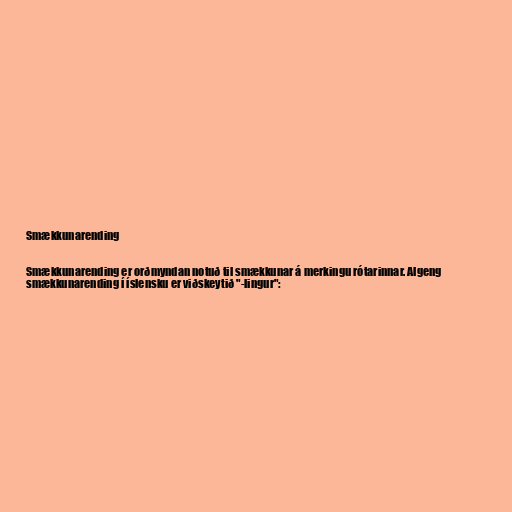
Smækkunarending

Smækkunarending er orðmyndan notuð til smækkunar á merkingu rótarinnar. Algeng
smækkunarending í íslensku er viðskeytið "-lingur":